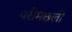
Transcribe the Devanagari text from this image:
परीमछली